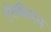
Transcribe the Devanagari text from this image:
एरेश्किगल